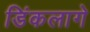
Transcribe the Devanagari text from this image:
डिंकलागे